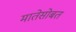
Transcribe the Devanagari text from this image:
मातेसोबत